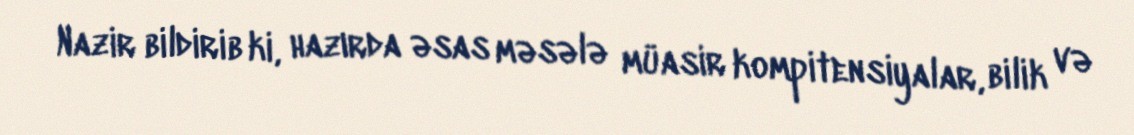
Nazir bildirib ki, hazırda əsas məsələ müasir kompitensiyalar, bilik və